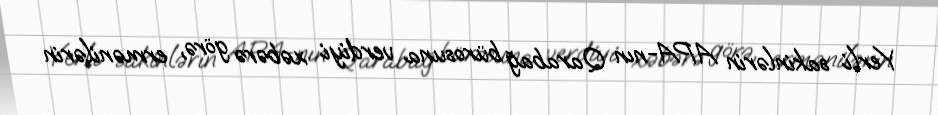
Yerli sakinlərin APA-nın Qarabağ bürosuna verdiyi xəbərə görə, ermənilərin